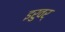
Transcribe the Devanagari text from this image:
इरुवर्